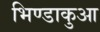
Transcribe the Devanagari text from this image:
भिण्डाकुआ